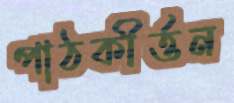
পাঠকীর্ত্তন